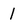
Character: I